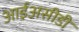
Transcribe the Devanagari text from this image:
आईअसीडी